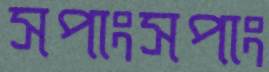
সপাংসপাং